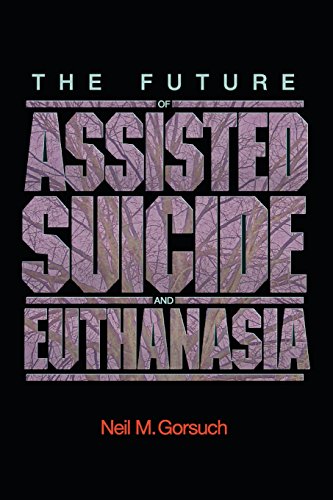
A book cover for The Future of Assisted Suicide and Euthanasia (New Forum Books); Neil M. Gorsuch; Medical Books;